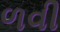
ળવી